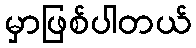
မှာဖြစ်ပါတယ်